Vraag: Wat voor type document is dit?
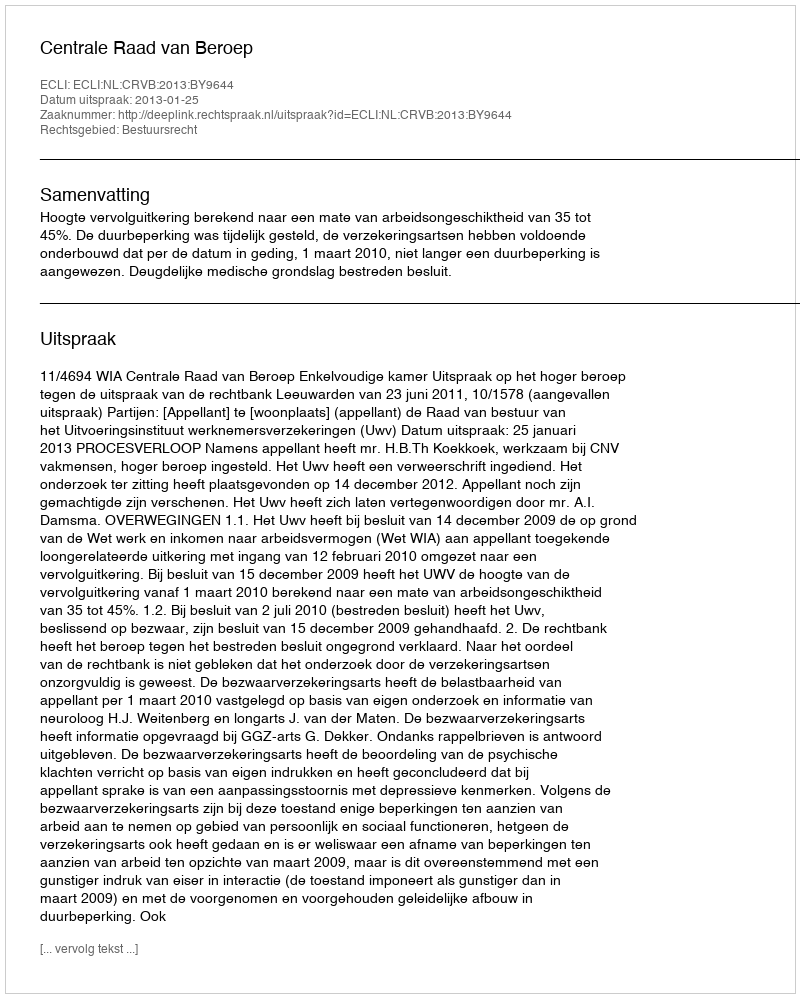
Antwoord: Uitspraak